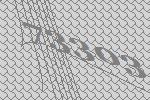
73303